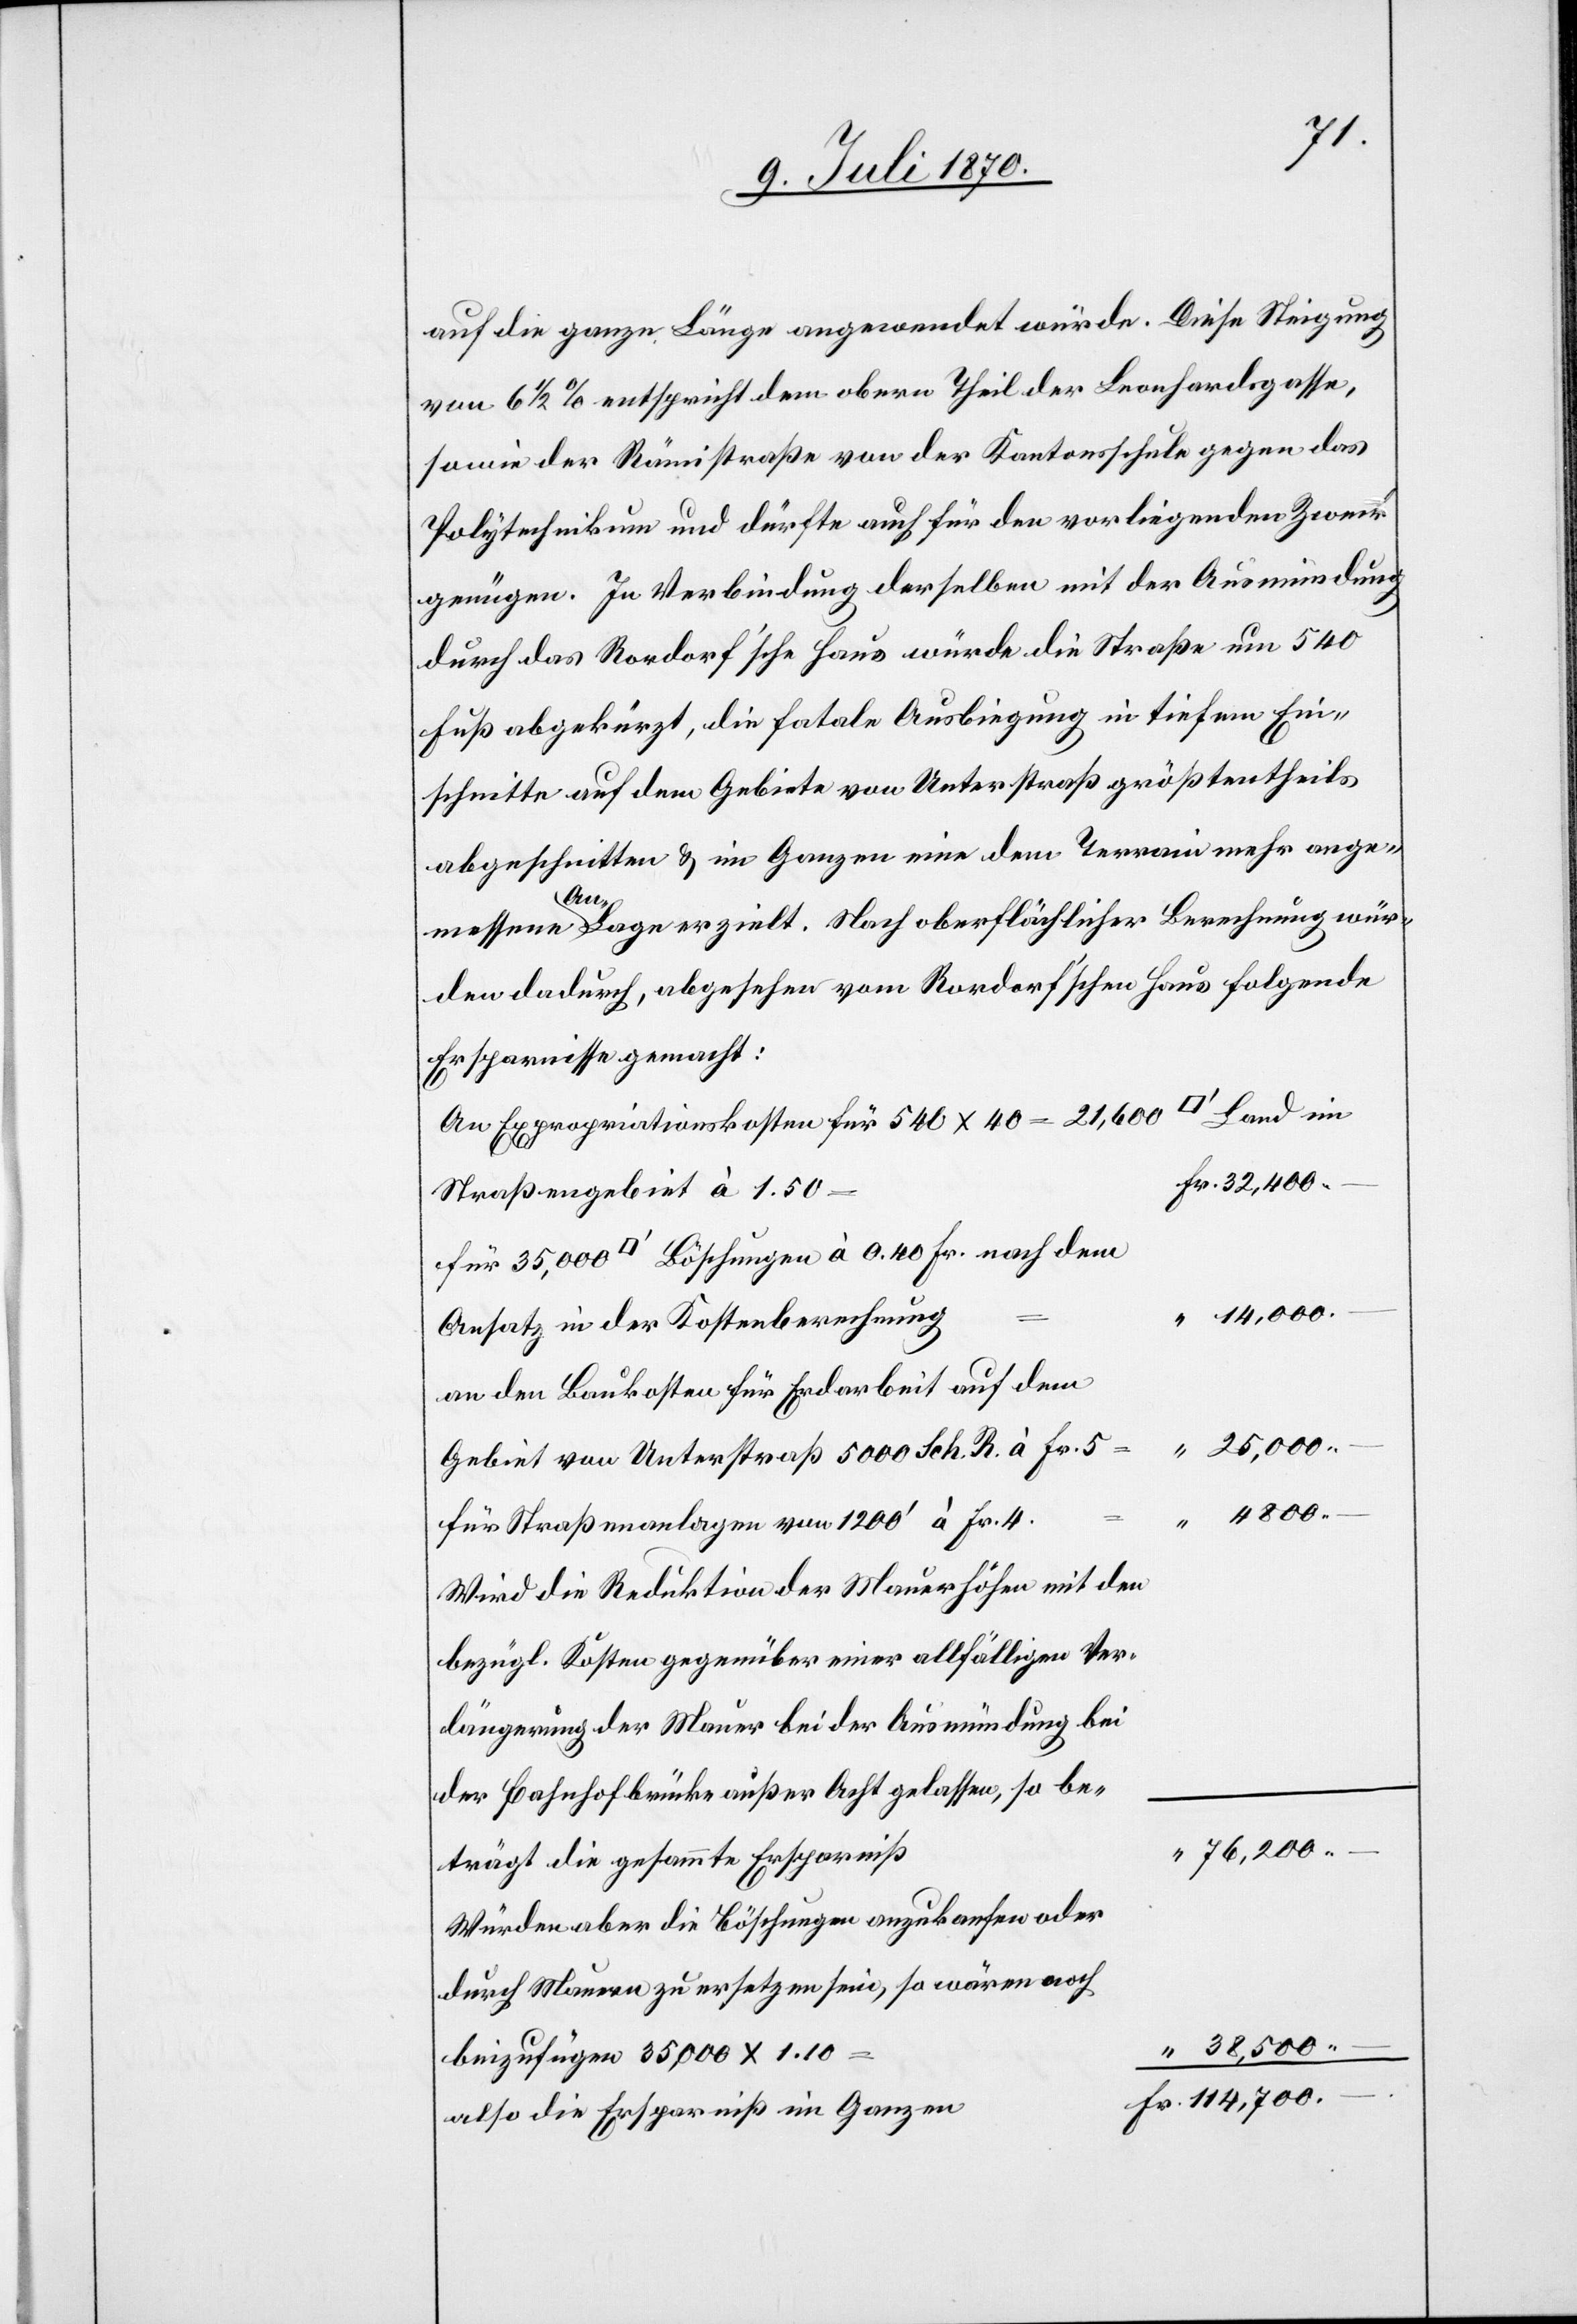
auf die ganze Länge angewendet würde. Diese Steigung
von 6 1/2% entspricht dem obern Theil der Leonhardsgasse,
sowie der Rämistraße von der Kantonsschule gegen das
Polytechnikum und dürfte auch für den vorliegenden Zweck
genügen. In Verbindung derselben mit der Ausmündung
durch das Rordorf’sche Haus würde die Straße um 540
Fuß abgekürzt, die fatale Ausbiegung in tiefem Ein¬
schnitte auf dem Gebiete von Unterstraß größtentheils
abgeschnitten & im Ganzen eine dem Terrain mehr ange¬
Fr.
messene Anlage erzielt. Nach oberflächlicher Berechnung wür¬
den dadurch, abgesehen vom Rordorf’schen Haus folgende
Ersparnisse gemacht:
An Expropriationskosten für 540 x 40 = 21,600
Straßengebiet à 1.50
14,000.–
Ansatz der Kostenberechnung
an den Baukosten für Erdarbeit auf dem
25,000.–
Gebiet von Unterstraß 5000 Sch. R. à Fr. 5
für Straßenanlagen von 1200’ à Fr. 4.
Wird die Reduktion der Mauerhöhen mit den
bezügl. Kosten gegenüber einer allfälligen Ver¬
längerung der Mauer bei der Ausmündung bei
der Bahnhofbrücke außer Acht gelassen, so be¬
76,200.–
trägt die gesammte Ersparniß
Würden aber die Böschungen anzukaufen oder
durch Mauern zu ersetzen sein, so wären noch
beizufügen 35,000 x 1.10
also die Ersparniß im Ganzen